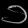
Digit: ၁